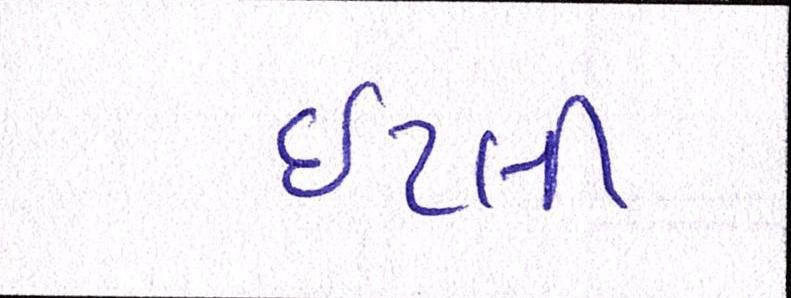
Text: ઇટલી